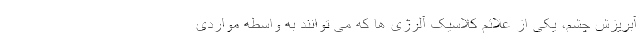
آبریزش چشم، یکی از علائم کلاسیک آلرژی ها که می توانند به واسطه مواردی